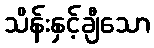
သိန်းနှင့်ချီသော